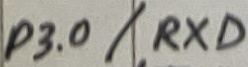
Text: P3.0/RXD